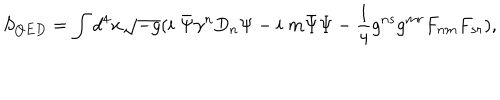
LaTeX: S _ { Q E D } = \int d ^ { 4 } x \sqrt { - g } ( i \; \bar { \Psi } \gamma ^ { n } D _ { n } \Psi - i \; m \bar { \Psi } \Psi - \frac { 1 } { 4 } g ^ { n s } g ^ { m r } F _ { n m } F _ { s r } ) ,